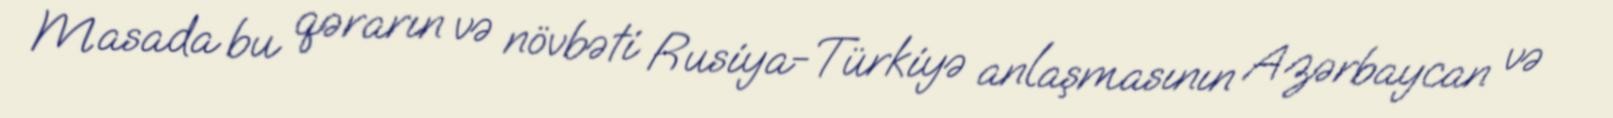
Masada bu qərarın və növbəti Rusiya-Türkiyə anlaşmasının Azərbaycan və